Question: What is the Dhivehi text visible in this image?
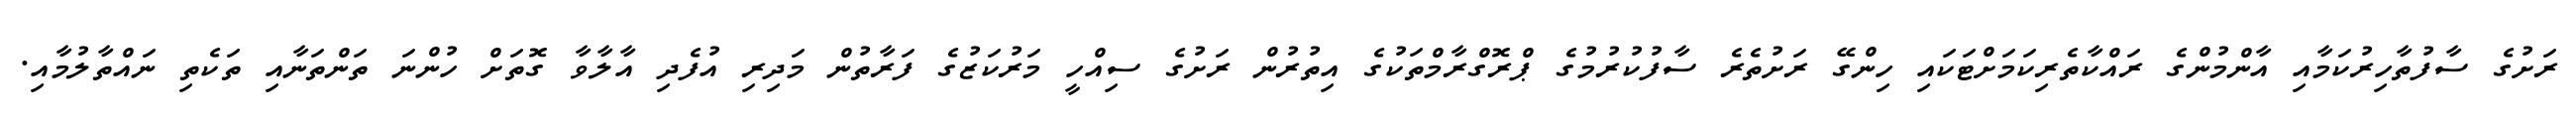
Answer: ރަށުގެ ސާފުތާހިރުކަމާއި އާންމުންގެ ރައްކާތެރިކަމަށްޓަކައި ހިންގޭ ރަށުތެރެ ސާފުކުރުމުގެ ޕްރޮގްރާމްތަކުގެ އިތުރުން ރަށުގެ ސިއްހީ މަރުކަޒުގެ ފަރާތުން މަދިރި އުފެދި އާލާވާ ގޮތަށް ހުންނަ ތަންތަނާއި ތަކެތި ނައްތާލުމާއި.